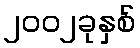
၂၀၀၂ခုနှစ်